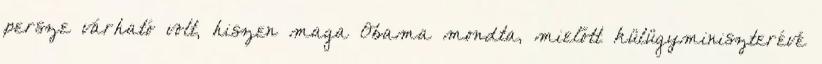
persze várható volt, hiszen maga Obama mondta, mielőtt külügyminiszterévé